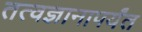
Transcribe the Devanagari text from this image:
तत्वज्ञानापर्यंत